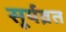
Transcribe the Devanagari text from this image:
सूर्यव्रत